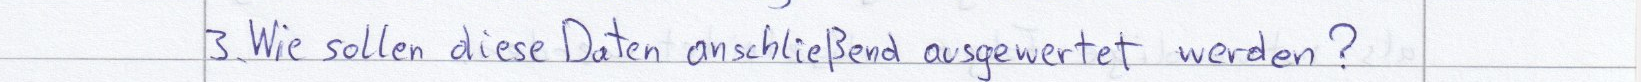
3. Wie sollen diese Daten anschließend ausgewertet werden?